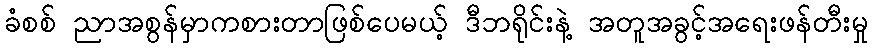
ခံစစ် ညာအစွန်မှာကစားတာဖြစ်ပေမယ့် ဒီဘရိုင်းနဲ့ အတူအခွင့်အရေးဖန်တီးမှု